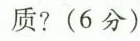
质?(6分)